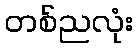
တစ်ညလုံး